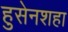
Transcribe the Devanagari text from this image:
हुसेनशहा